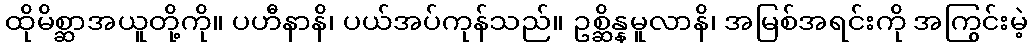
ထိုမိစ္ဆာအယူတို့ကို။ ပဟီနာနိ၊ ပယ်အပ်ကုန်သည်။ ဥစ္ဆိန္နမူလာနိ၊ အမြစ်အရင်းကို အကြွင်းမဲ့